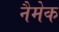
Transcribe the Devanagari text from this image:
नैमेक